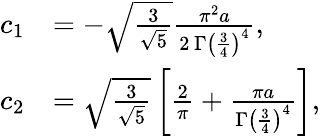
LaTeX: \begin{array}{rl}{c_{1}}&{=-\sqrt{\frac{3}{\sqrt{5}}}\frac{\pi^{2}a}{2\, \Gamma\left(\frac{3}{4}\right)^{4}},}\\ {c_{2}}&{=\sqrt{\frac{3}{\sqrt{5}}}\left[\frac{2}{\pi}+\frac{\pi a}{\Gamma\left(\frac{3}{4}\right)^{4}}\right],}\end{array}